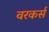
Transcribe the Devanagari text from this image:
वरकर्स